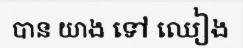
បាន យាង ទៅ ឈៀង